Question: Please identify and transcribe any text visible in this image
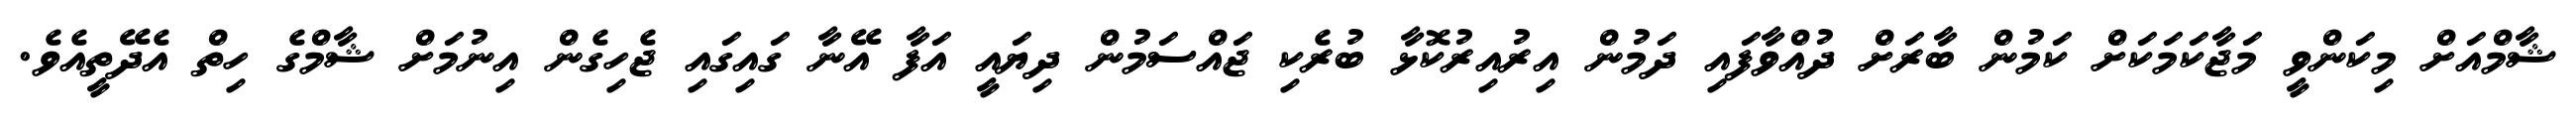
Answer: ޝާމްއަށް މިކަންވީ މަޖާކަމަކަށް ކަމުން ބާރަށް ދުއްވާފައި ދަމުން އިރުއިރުކޮޅާ ބުރެކި ޖައްސަމުން ދިޔައީ އަފާ އޭނާ ގައިގައި ޖެހިގެން އިނުމަށް ޝާމްގެ ހިތް އެދޭތީއެވެ.